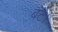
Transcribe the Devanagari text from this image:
बंटे।